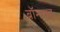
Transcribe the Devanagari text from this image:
ब्रॉनसह